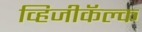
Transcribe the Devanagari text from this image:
व्हिजीकॅल्क